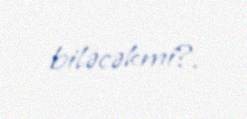
biləcəkmi?.